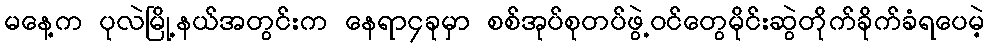
မနေ့က ပုလဲမြို့နယ်အတွင်းက နေရာ၄ခုမှာ စစ်အုပ်စုတပ်ဖွဲ့ဝင်တွေမိုင်းဆွဲတိုက်ခိုက်ခံရပေမဲ့